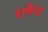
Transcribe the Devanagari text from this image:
रामैया